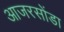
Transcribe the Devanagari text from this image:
आजरसोंडा